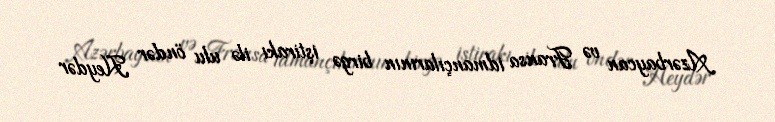
Azərbaycan və Fransa idmançılarının birgə iştirakı ilə ulu öndər Heydər